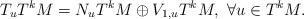
LaTeX: \begin{align*}T_uT^kM=N_uT^kM\oplus V_{1,u}T^kM,\ \forall u\in T^kM. \end{align*}